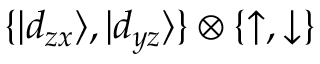
\{ | d _ { z x } \rangle , | d _ { y z } \rangle \} \otimes \{ \uparrow , \downarrow \}